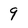
Character: 9